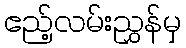
ဧည့်လမ်းညွှန်မှ